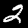
Digit: 2